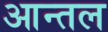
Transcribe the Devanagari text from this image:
आन्तल